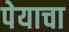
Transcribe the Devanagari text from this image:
पेयाचा